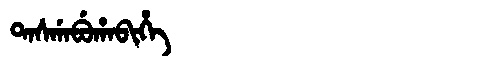
Manchu: ᡨᠠᠰᡤᠠᠪᡠᡥᠠᠪᡳᡥᡝ
Romanization: TASGABUHABIHE